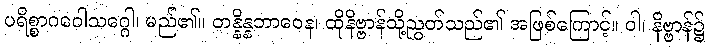
ပရိစ္စာဂဝေါသဂ္ဂေါ၊ မည်၏။ တန္နိန္နဘာဝေန၊ ထိုနိဗ္ဗာန်သို့ညွတ်သည်၏ အဖြစ်ကြောင့်။ ဝါ၊ နိဗ္ဗာန်၌